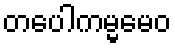
တပေါကမ္မမေဝ